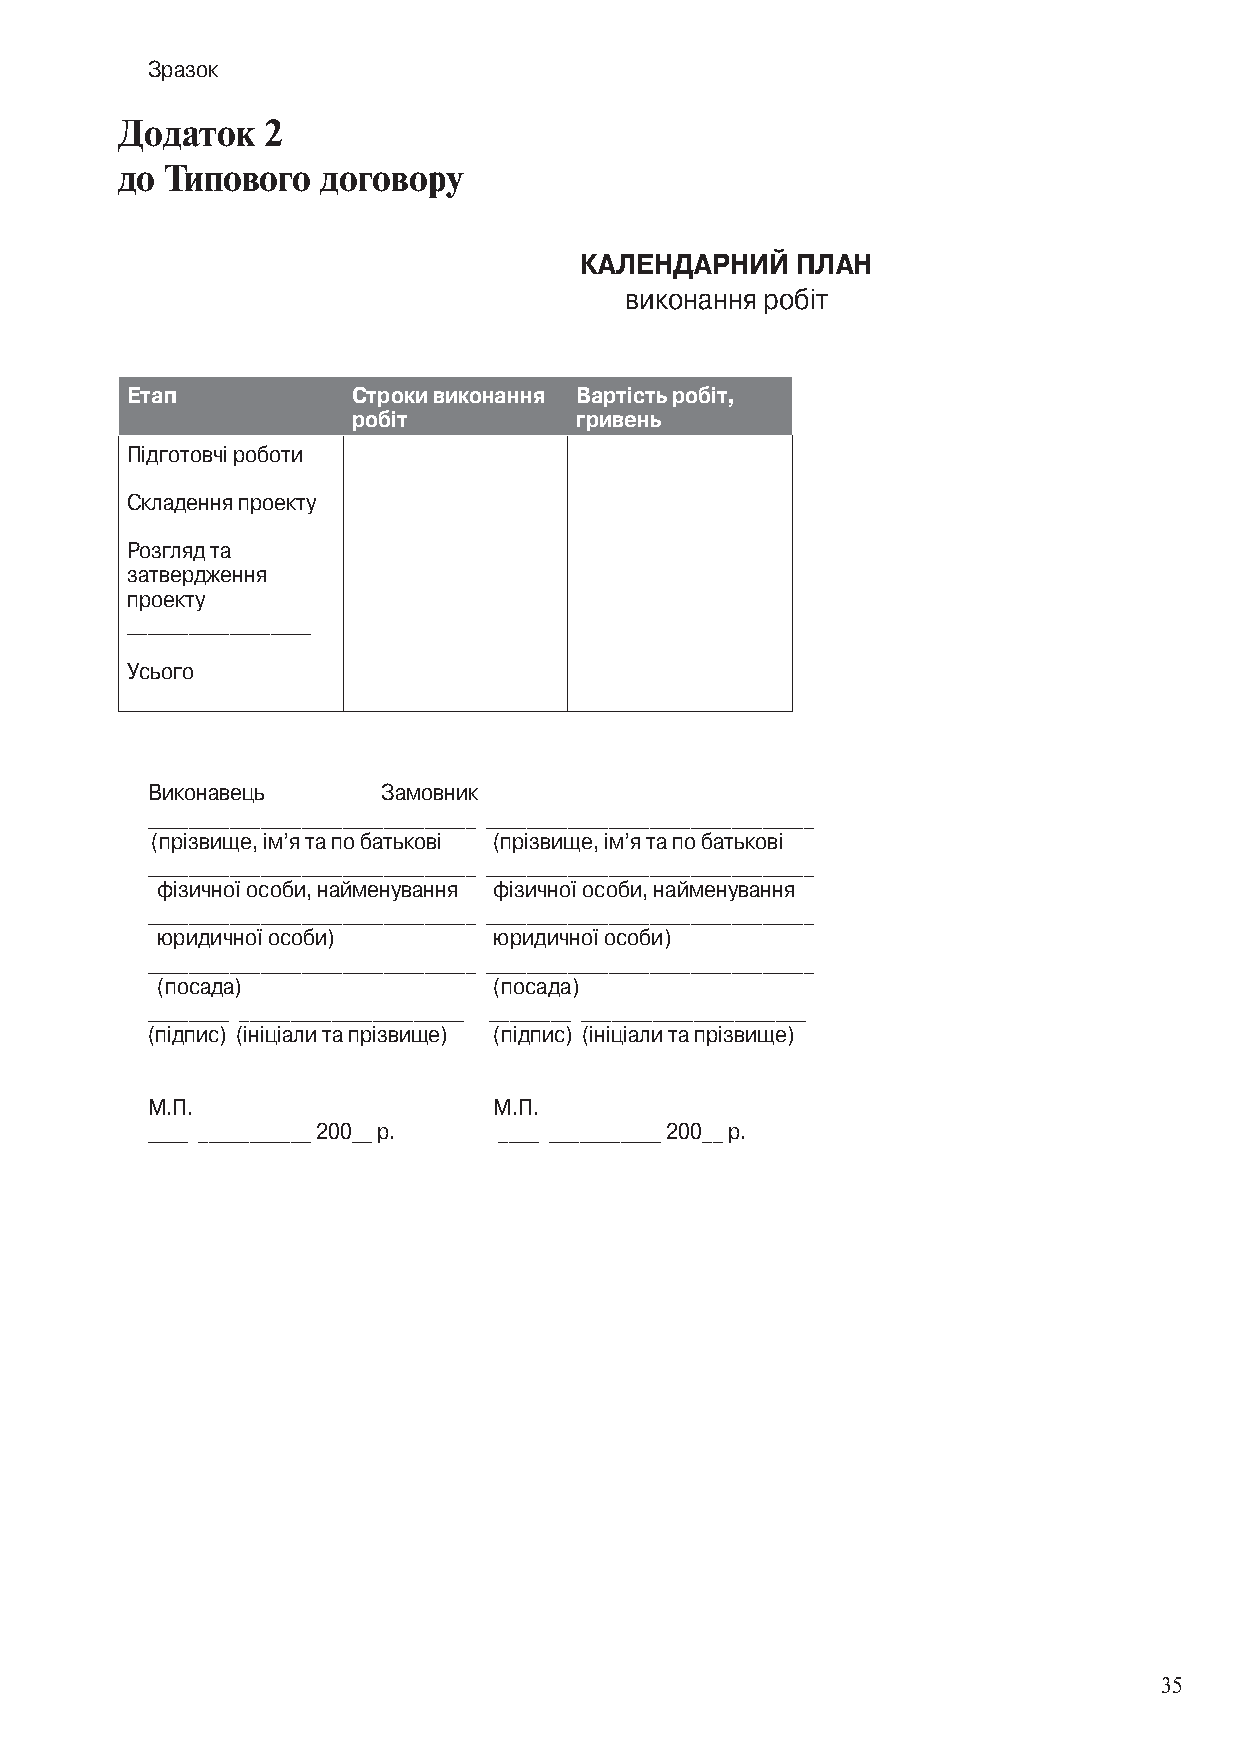
Зразок
 Додаток  2
 до Типового  договору
 КалЕНДаРНИЙ    ПлаН
 виконання робіт
 Етап           Строки виконання вартість робіт,
 робіт          гривень
 Підготовчі роботи
 Складення проекту
 Розгляд та
 затвердження
 проекту
 __________________
 Усього
 Виконавець     Замовник
 ________________________________ ________________________________
 (прізвище, ім’я та по батькові (прізвище, ім’я та по батькові
 ________________________________ ________________________________
 фізичної особи, найменування фізичної особи, найменування
 ________________________________ ________________________________
 юридичної особи)       юридичної особи)
 ________________________________ ________________________________
 (посада)               (посада)
 ________ ______________________ ________ ______________________
 (підпис) (ініціали та прізвище) (підпис) (ініціали та прізвище)
 М.П.                   М.П.
 ____ ___________ 200__ р. ____ ___________ 200__ р.
 